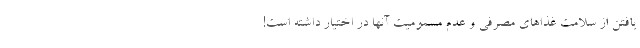
یافتن از سلامت غذاهای مصرفی و عدم مسمومیت آنها در اختیار داشته است!